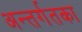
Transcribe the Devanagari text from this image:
अन्तर्गतका